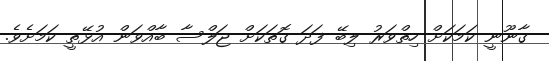
ގާނޫނީ ކަމަކަށް ހިތްވަރު ލިބޭ ފަދަ ގޮތަކަށް ޖަލްސާ ބާއްވަން އުޅޭތީ ކަމަށެވެ.